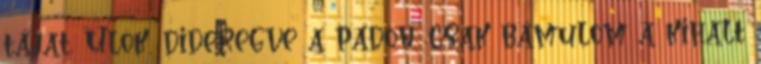
tájat. Ülök, dideregve a padon, csak bámulom a kihalt